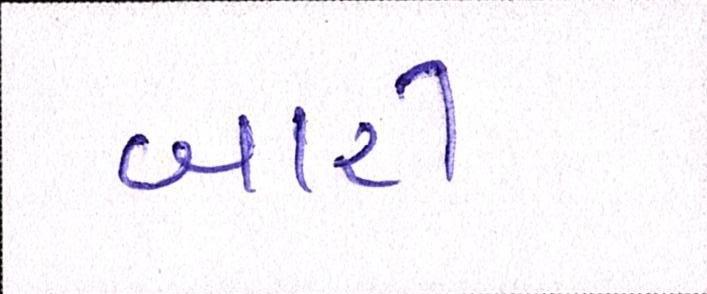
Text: બારી